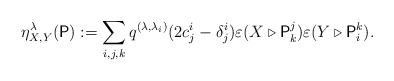
LaTeX: \begin{align*}\eta_{X, Y}^\lambda(\mathsf{P}) := \sum_{i,j,k}q^{(\lambda,\lambda_{i})}(2c_{j}^{i}-\delta_{j}^{i})\varepsilon(X\triangleright\mathsf{P}_{k}^{j})\varepsilon(Y\triangleright\mathsf{P}_{i}^{k}).\end{align*}